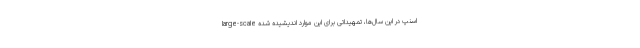
large-scale اسنپ در این سال‌ها، تمهیداتی برای این موارد اندیشیده شده